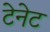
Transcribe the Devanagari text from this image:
टेनेट